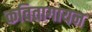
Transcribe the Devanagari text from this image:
कवितागायन